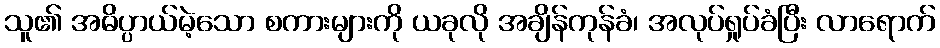
သူ၏ အဓိပ္ပာယ်မဲ့သော စကားများကို ယခုလို အချိန်ကုန်ခံ၊ အလုပ်ရှုပ်ခံပြီး လာရောက်